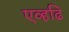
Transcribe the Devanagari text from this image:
एव्हढि